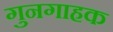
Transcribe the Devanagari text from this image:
गुनगाहक